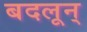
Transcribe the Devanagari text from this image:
बदलून्